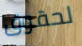
لحقوق